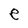
Character: e